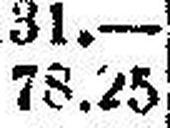
78.25